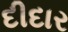
દીદાર